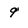
Character: 9